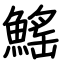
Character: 鰩